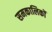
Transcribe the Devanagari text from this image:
समकालिकों